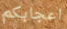
اعجابكم